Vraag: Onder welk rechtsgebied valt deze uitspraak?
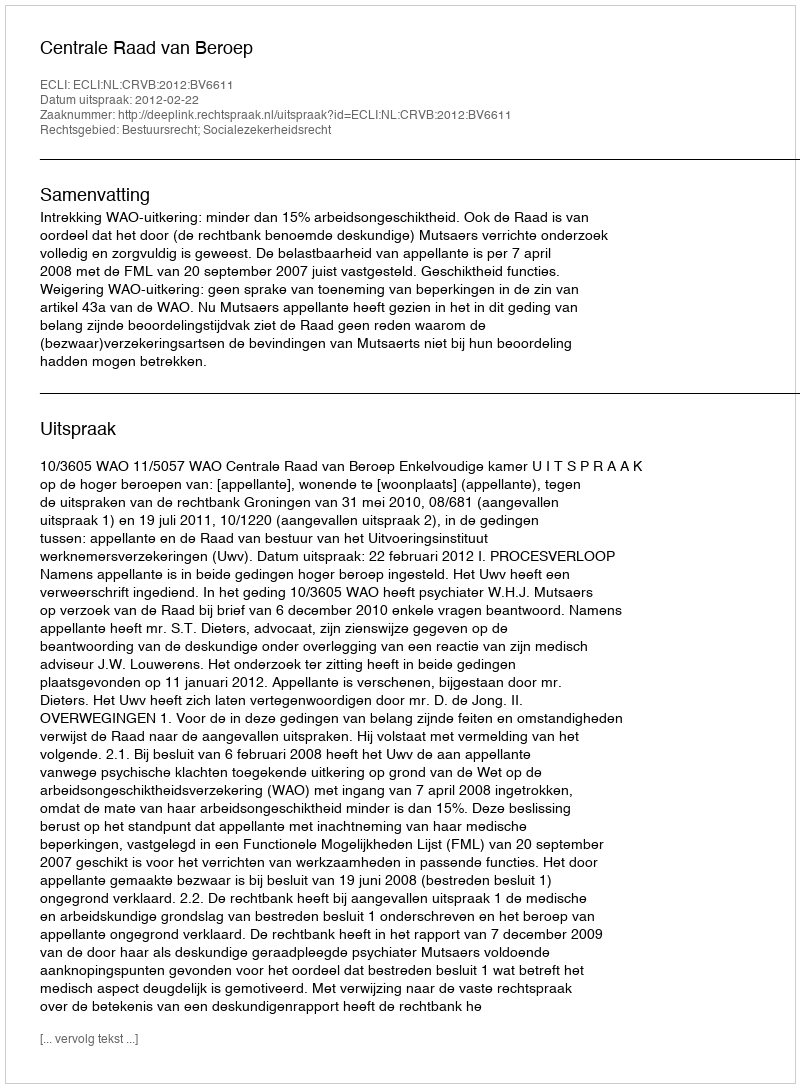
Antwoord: Bestuursrecht; Socialezekerheidsrecht